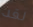
لقد